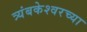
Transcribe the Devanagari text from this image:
त्र्यंबकेश्‍वरच्या